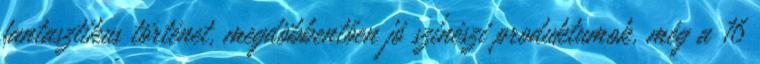
fantasztikus történet, megdöbbentően jó színészi produktumok, még a 16